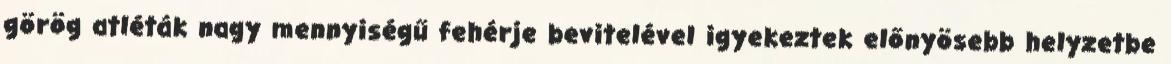
görög atléták nagy mennyiségű fehérje bevitelével igyekeztek előnyösebb helyzetbe